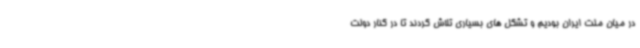
در میان ملت ایران بودیم و تشکل های بسیاری تلاش کردند تا در کنار دولت